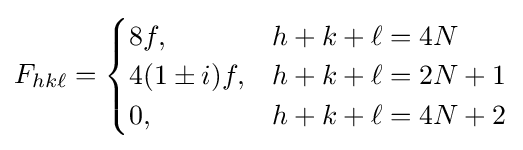
F_{hk\ell }={\begin{cases}8f,&h+k+\ell =4N\\4(1\pm i)f,&h+k+\ell =2N+1\\0,&h+k+\ell =4N+2\\\end{cases}}